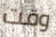
وقت